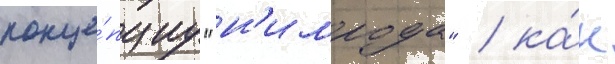
конце́пциу "н'имрода" / ка́к